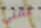
لفتى